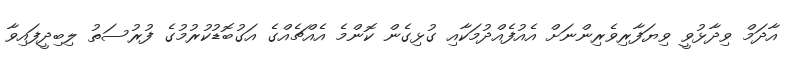
އާދަމް ވިދާޅުވީ ވިޔަފާރިވެރިންނަށް އެއުފެއްދުމަކާއި ގުޅިގެން ކޮންމެ އެއްޗެއްގެ އަގުބޮޑުކުރުމުގެ ފުރުސަތު ލިބިދީފައިވާ